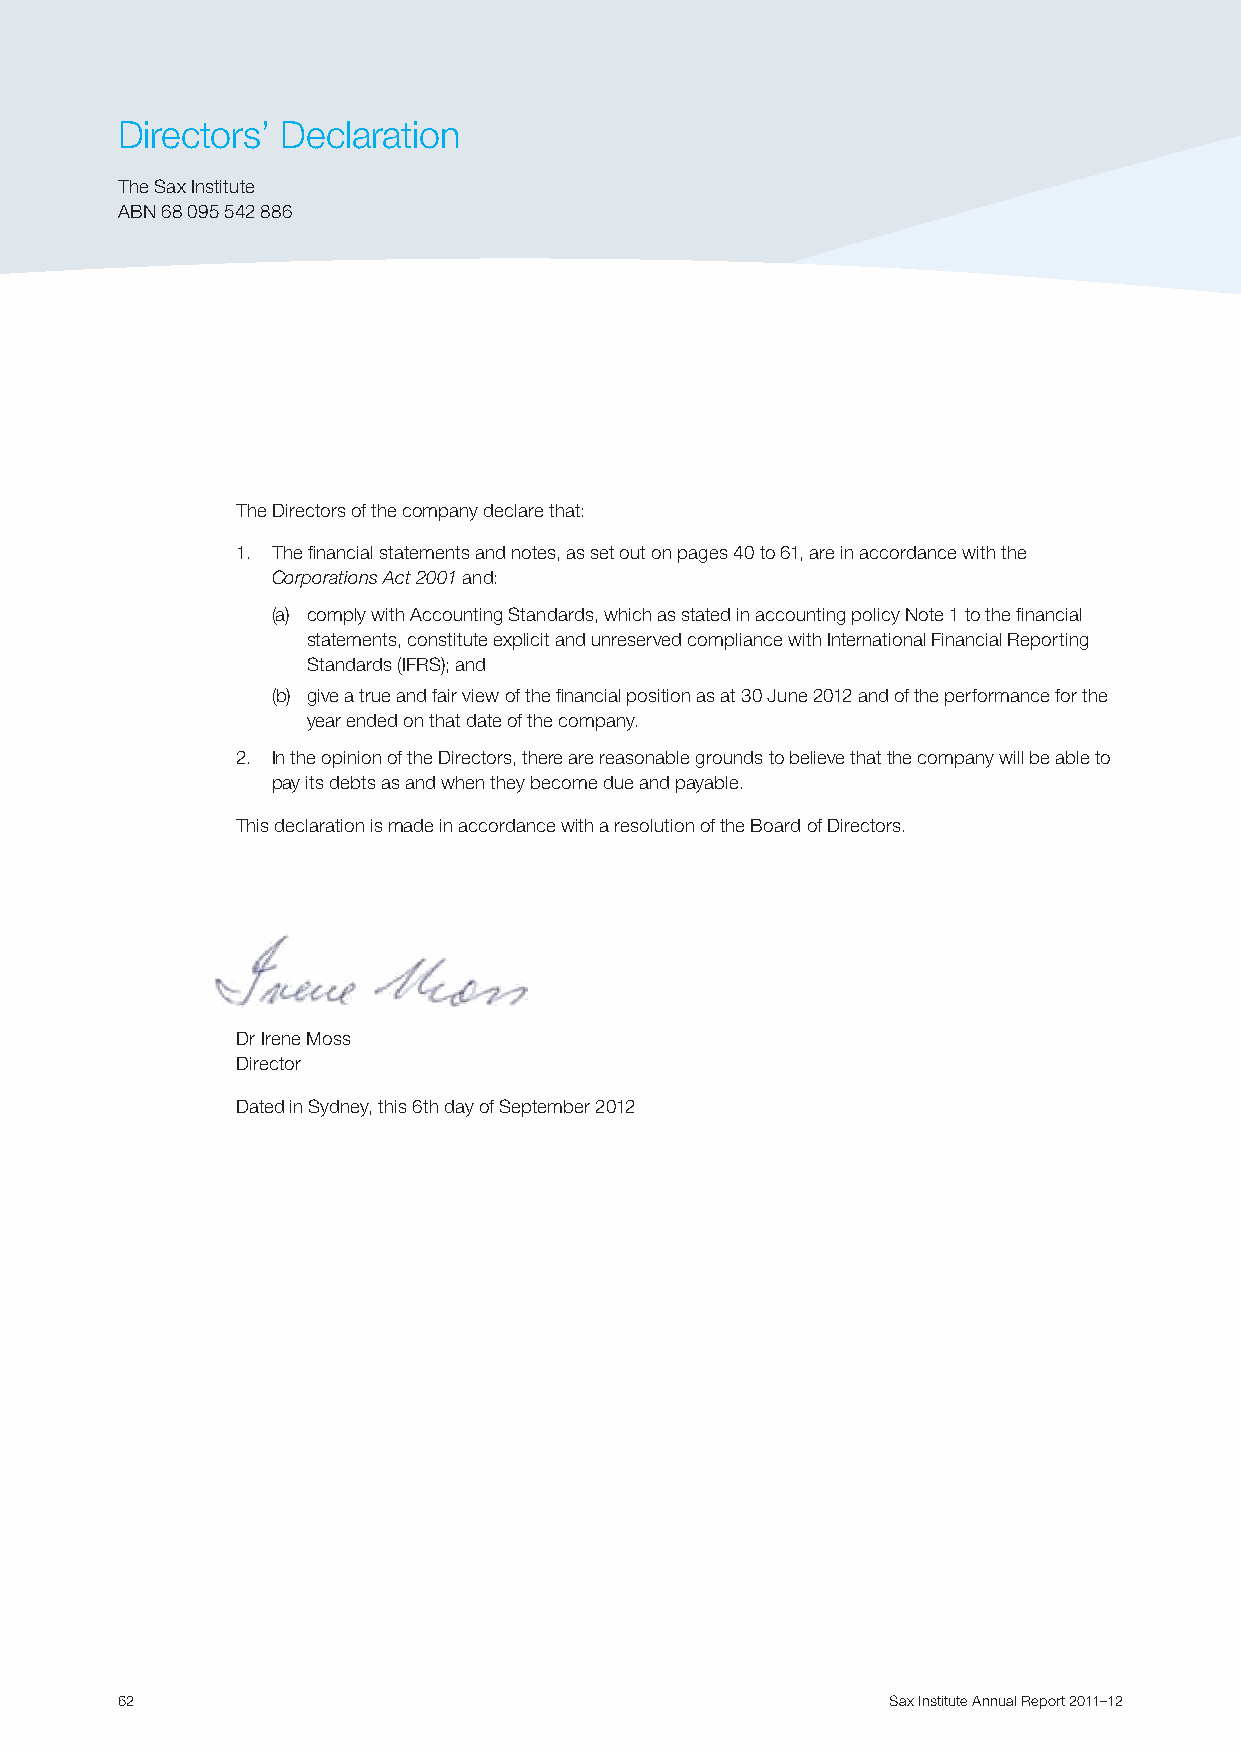
Directors’ Declaration
 The Sax Institute
 ABN 68 095 542 886
 The Directors of the company declare that:
 1. The financial statements and notes, as set out on pages 40 to 61, are in accordance with the
 Corporations Act 2001 and:
 (a) comply with Accounting Standards, which as stated in accounting policy Note 1 to the financial
 statements, constitute explicit and unreserved compliance with International Financial Reporting
 Standards (IFRS); and
 (b) give a true and fair view of the financial position as at 30 June 2012 and of the performance for the
 year ended on that date of the company.
 2. I n the opinion of the Directors, there are reasonable grounds to believe that the company will be able to
 pay its debts as and when they become due and payable.
 This declaration is made in accordance with a resolution of the Board of Directors.
 Dr Irene Moss
 Director
 Dated in Sydney, this 6th day of September 2012
 62                                                 Sax Institute Annual Report 2011–12